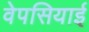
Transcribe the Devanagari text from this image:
वेपसियाई